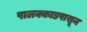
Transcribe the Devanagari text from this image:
पालक्काडपासून